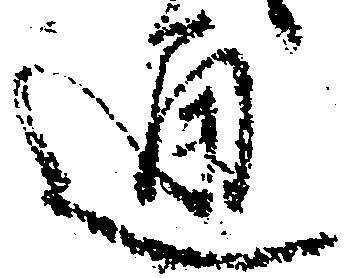
通